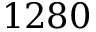
1 2 8 0